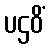
ပဌဝိံ